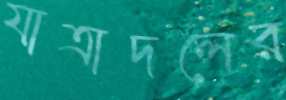
যাত্রাদলের